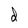
Character: d